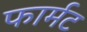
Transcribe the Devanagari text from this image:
फार्मट